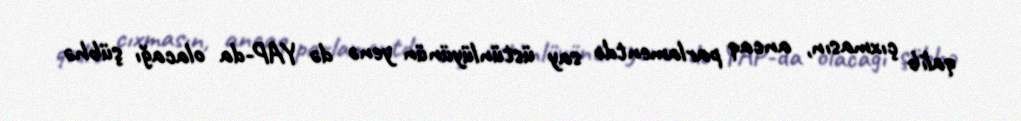
qalib çıxmasın, ancaq parlamentdə say üstünlüyünün yenə də YAP-da olacağı şübhə